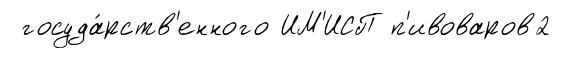
госуда́рств'енного ИМ'ИСП п'ивоваров2